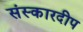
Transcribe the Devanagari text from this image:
संस्कारदीप